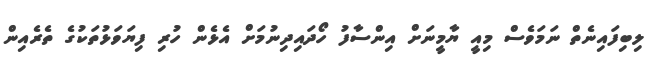
ލިބިފައިނެތް ނަމަވެސް މިއީ ޔާމީނަށް އިންސާފު ހޯދައިދިނުމަށް އެޅެން ހުރި ފިޔަވަޅުތަކުގެ ތެރެއިން